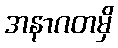
အနာဂတမှိ